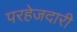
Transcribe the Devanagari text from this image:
परहेजदारी